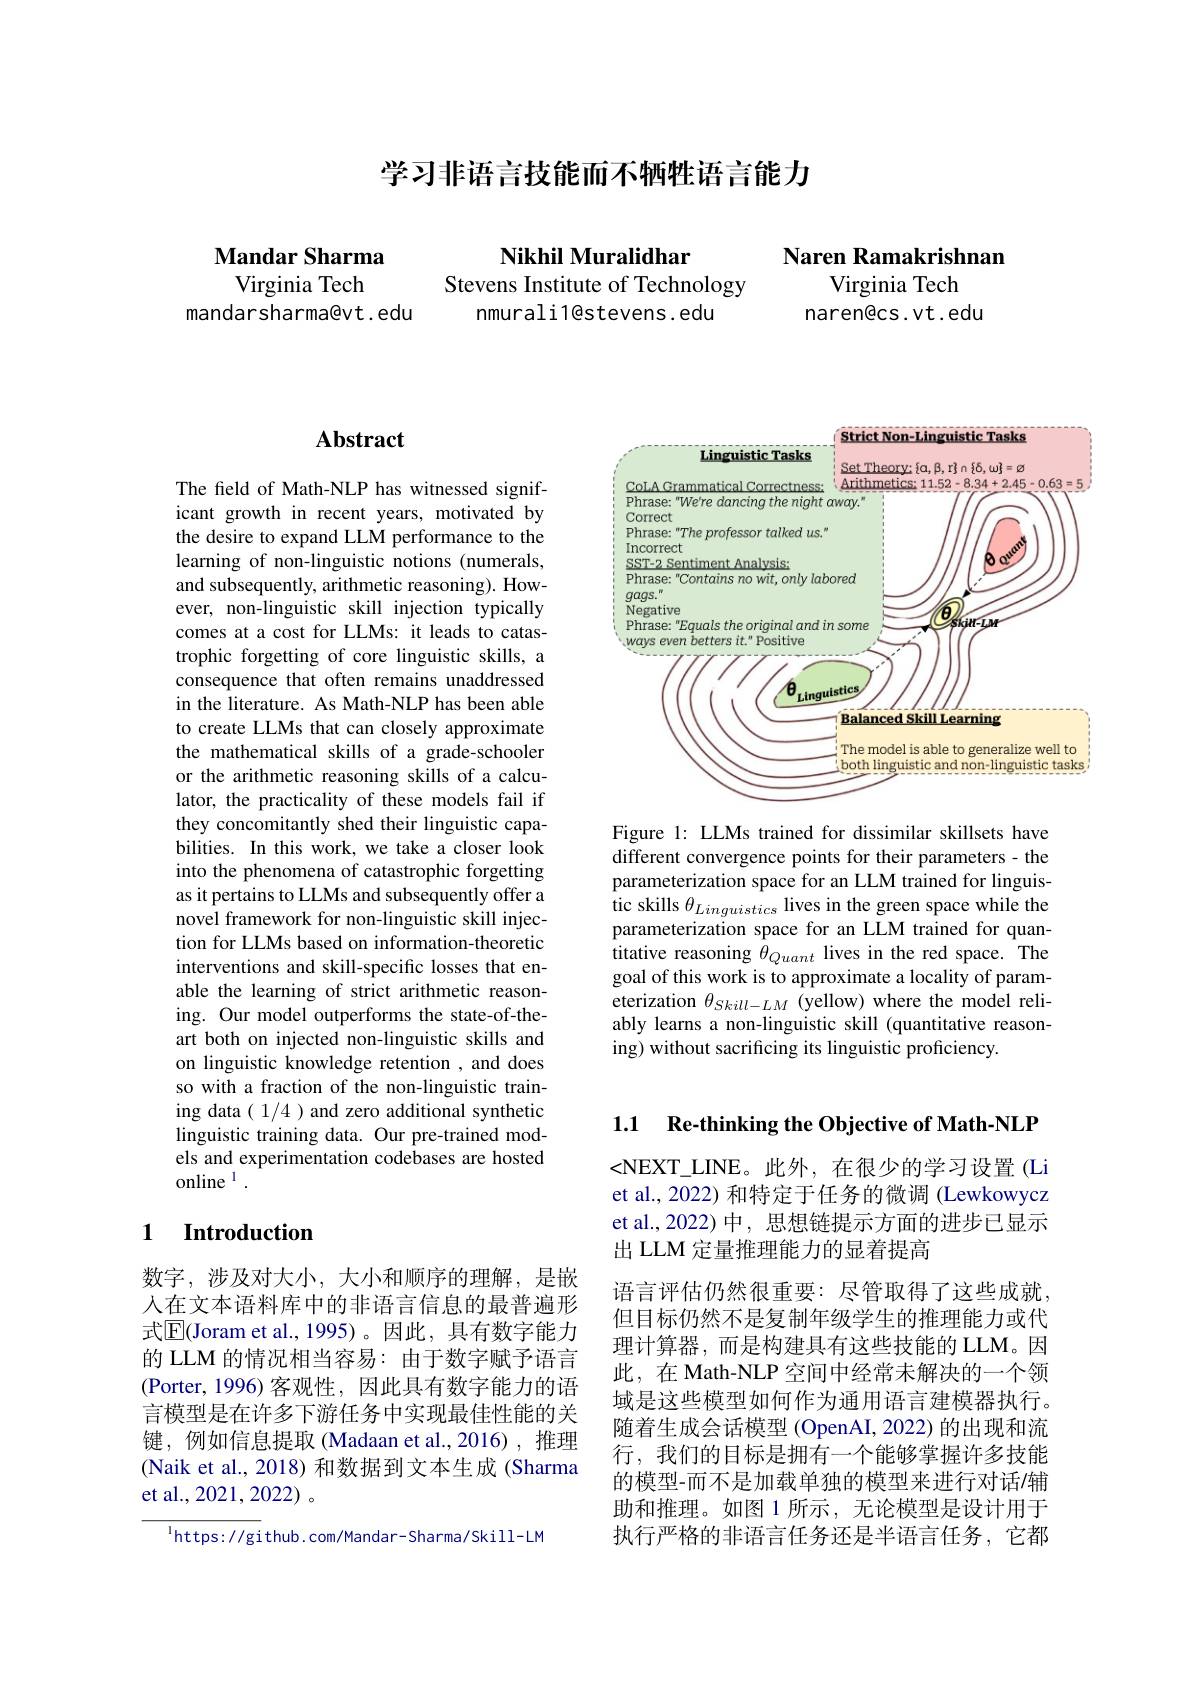
学习非语言技能而不牺牲语言能力

Mandar Sharma

Virginia Tech
mandarsharma@vt.edu

Nikhil Muralidhar
Stevens Institute of Technology
nmurali1@stevens. edu

Naren Ramakrishnan
Virginia Tech

naren@cs.vt.edu

## Abstract

The field of Math-NLP has witnessed significant growth in recent years, motivated by the desire to expand LLM performance to the learning of non-linguistic notions (numerals, and subsequently, arithmetic reasoning). However, non-linguistic skill injection typically comes at a cost for LLMs: it leads to catastrophic forgetting of core linguistic skills, a consequence that often remains unaddressed in the literature. As Math-NLP has been able to create LLMs that can closely approximate the mathematical skills of a grade-schooler or the arithmetic reasoning skills of a calculator, the practicality of these models fail if they concomitantly shed their linguistic capabilities. In this work, we take a closer look into the phenomena of catastrophic forgetting as it pertains to LLMs and subsequently offer a novel framework for non-linguistic skill injection for LLMs based on information-theoretic interventions and skill-specific losses that enable the learning of strict arithmetic reasoning. Our model outperforms the state-of-theart both on injected non-linguistic skills and on linguistic knowledge retention , and does so with a fraction of the non-linguistic training data ( 1/4 ) and zero additional synthetic linguistic training data. Our pre-trained models and experimentation codebases are hosted online $^{1}.$

## 1 Introduction

数字，涉及对大小，大小和顺序的理解，是嵌人在文本语料库中的非语言信息的最普遍形式$\overline{\mathrm{E}}($Joram et al.,1995)。因此，具有数字能力的 LLM 的情况相当容易：由于数字赋予语言(Porter,1996)客观性，因此具有数字能力的语言模型是在许多下游任务中实现最佳性能的关键，例如信息提取(Madaan et al.,2016),推理(Naik et al., 2018) 和数据到文本生成 (Sharma et al., 2021, 2022) 。

$^{\mathrm{l}}$https: //gi thub. com/Mandar- Sharma/ Skill- LM

<FigureHere>

Figure 1: LLMs trained for dissimilar skillsets have different convergence points for their parameters - the parameterization space for an LLM trained for linguis- $\hat{\text{tic skills }\theta}_{Linguistics}$ lives in the green space while the parameterization space for an LLM trained for quantitative reasoning $\theta_{Quant}$ lives in the red space. The goal of this work is to approximate a locality of parameterization $\theta_{Skill-LM}$ (yellow) where the model reliably learns a non-linguistic skill (quantitative reasoning) without sacrificing its linguistic proficiency.

1.1 Re-thinking the Objective of Math-NLP

<NEXT\_LINE。此外，在很少的学习设置(Li et al., 2022) 和特定于任务的微调 (Lewkowycz et al.,2022)中，思想链提示方面的进步已显示出 LLM 定量推理能力的显着提高

语言评估仍然很重要：尽管取得了这些成就， 但目标仍然不是复制年级学生的推理能力或代理计算器，而是构建具有这些技能的 LLM。因此，在 Math-NLP 空间中经常未解决的一个领域是这些模型如何作为通用语言建模器执行。随着生成会话模型 (OpenAI, 2022) 的出现和流行，我们的目标是拥有一个能够掌握许多技能的模型-而不是加载单独的模型来进行对话/辅助和推理。如图 1 所示 , 无论模型是设计用于执行严格的非语言任务还是半语言任务，它都